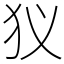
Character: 𤜥